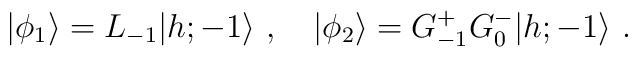
\vert\phi_1\rangle=L_{-1}\vert{h;-1}\rangle{}~,{}~{}~{}~ \vert\phi_2\rangle=G^+_{-1}G^-_0\vert{h;-1}\rangle{}~.